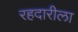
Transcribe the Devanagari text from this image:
रहदारीला